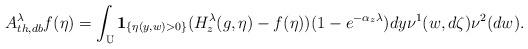
LaTeX: \begin{align*}A^{\lambda}_{th,db}f(\eta )=\int_{{\Bbb U}}{\bf 1}_{\{\eta (y,w)>0\}}(H_z^{\lambda}(g,\eta )-f(\eta ))(1-e^{-\alpha_z\lambda})dy\nu^1(w,d\zeta )\nu^2(dw).\end{align*}